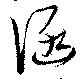
涵